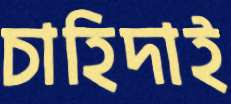
চাহিদাই